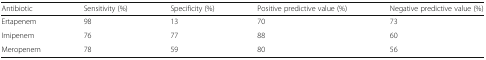
<table><thead><tr><td><b>Antibiotic</b></td><td><b>Sensitivity (%)</b></td><td><b>Specificity (%)</b></td><td><b>Positive predictive value (%)</b></td><td><b>Negative predictive value (%)</b></td></tr></thead><tbody><tr><td>Ertapenem</td><td>98</td><td>13</td><td>70</td><td>73</td></tr><tr><td>Imipenem</td><td>76</td><td>77</td><td>88</td><td>60</td></tr><tr><td>Meropenem</td><td>78</td><td>59</td><td>80</td><td>56</td></tr></tbody></table>